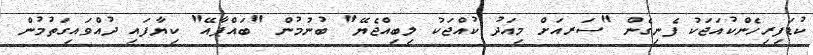
ކުޑަފިރިހެންކުއަޖަކު ފެނިގެން "ސަރއަށް މިއަދު ކުއްޖަކު ލިބިއްޖެޔޭ" ބުނުމުން "ބައްޕާއޭ" ކިޔާފައި ދުއްވައިގަތުމުން